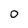
Character: 0